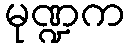
မုဏ္ဍက